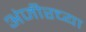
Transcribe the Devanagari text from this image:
अंजीरच्या